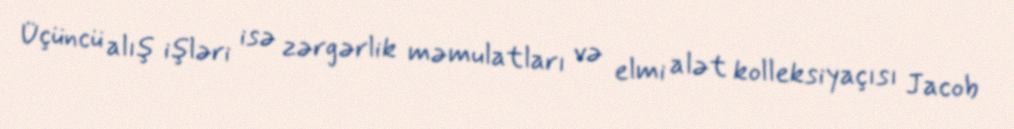
Üçüncü alış işləri isə zərgərlik məmulatları və elmi alət kolleksiyaçısı Jacob